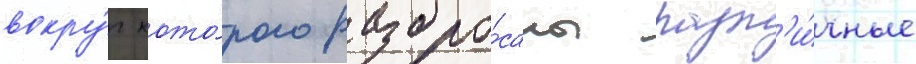
вокру́г кото́рого разбро́саны разл'и́чные